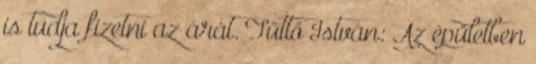
is tudja fizetni az árát. Tüttő István: Az épületben